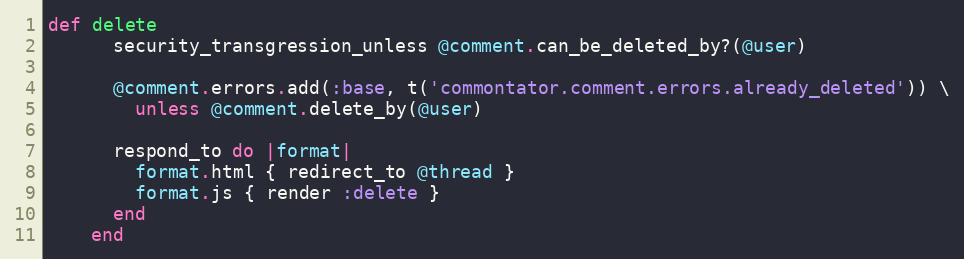
Language: Ruby
def delete
      security_transgression_unless @comment.can_be_deleted_by?(@user)

      @comment.errors.add(:base, t('commontator.comment.errors.already_deleted')) \
        unless @comment.delete_by(@user)

      respond_to do |format|
        format.html { redirect_to @thread }
        format.js { render :delete }
      end
    end